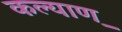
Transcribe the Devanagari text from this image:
कल्याण़